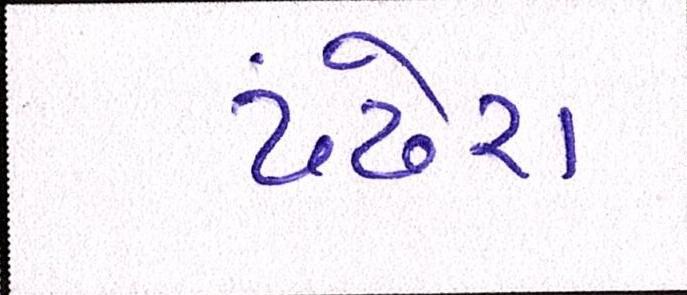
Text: ઢંઢેરા